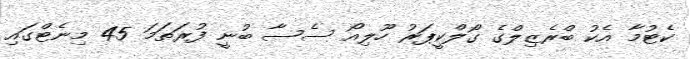
ކެޓުމާ އެކު ބްރެޒިލްގެ ގޯލްކީޕަރު ހޫލިއޯ ސެސާ ބުނީ ފުރަތަމަ 45 މިނެޓްގައި